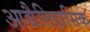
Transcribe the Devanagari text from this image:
आद्यैतिहासिक